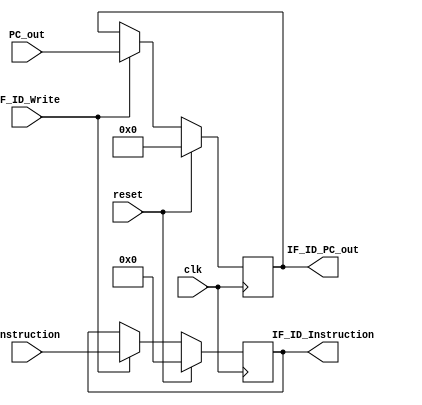
`timescale 1ns / 1ps

module IF_ID(clk, reset, PC_out, Instruction, IF_ID_PC_out, IF_ID_Instruction, IF_ID_Write); 

//inputs
input clk, reset, IF_ID_Write; // 1 bit 
input [31:0] Instruction; //32 bits
input [63:0] PC_out; //64 bits

//outputs
output reg [31:0] IF_ID_Instruction; //32 bits
output reg [63:0] IF_ID_PC_out; //64 bits

//Assigning values
always @ (posedge clk) // triggers re-evaluation on positive clk edge or active Flush signal
begin
    if (reset == 1)     //reset values to 0 if reset initiated
        begin
            IF_ID_Instruction <= 0; 
            IF_ID_PC_out <= 0;
        end
    else if (IF_ID_Write == 0) 
        begin
            IF_ID_PC_out <= IF_ID_PC_out; 
            IF_ID_Instruction <= IF_ID_Instruction;
        end
    else                //forward values to register otherwise
        begin
            IF_ID_Instruction <= Instruction; 
            IF_ID_PC_out <= PC_out;
        end
end
endmodule